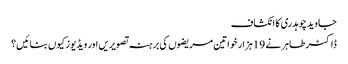
جاوید چوہدری کا انکشاف
ڈاکٹر طاہر نے 19 ہزار خواتین مریضوں کی برہنہ تصویریں اور ویڈیوز کیوں بنائیں؟